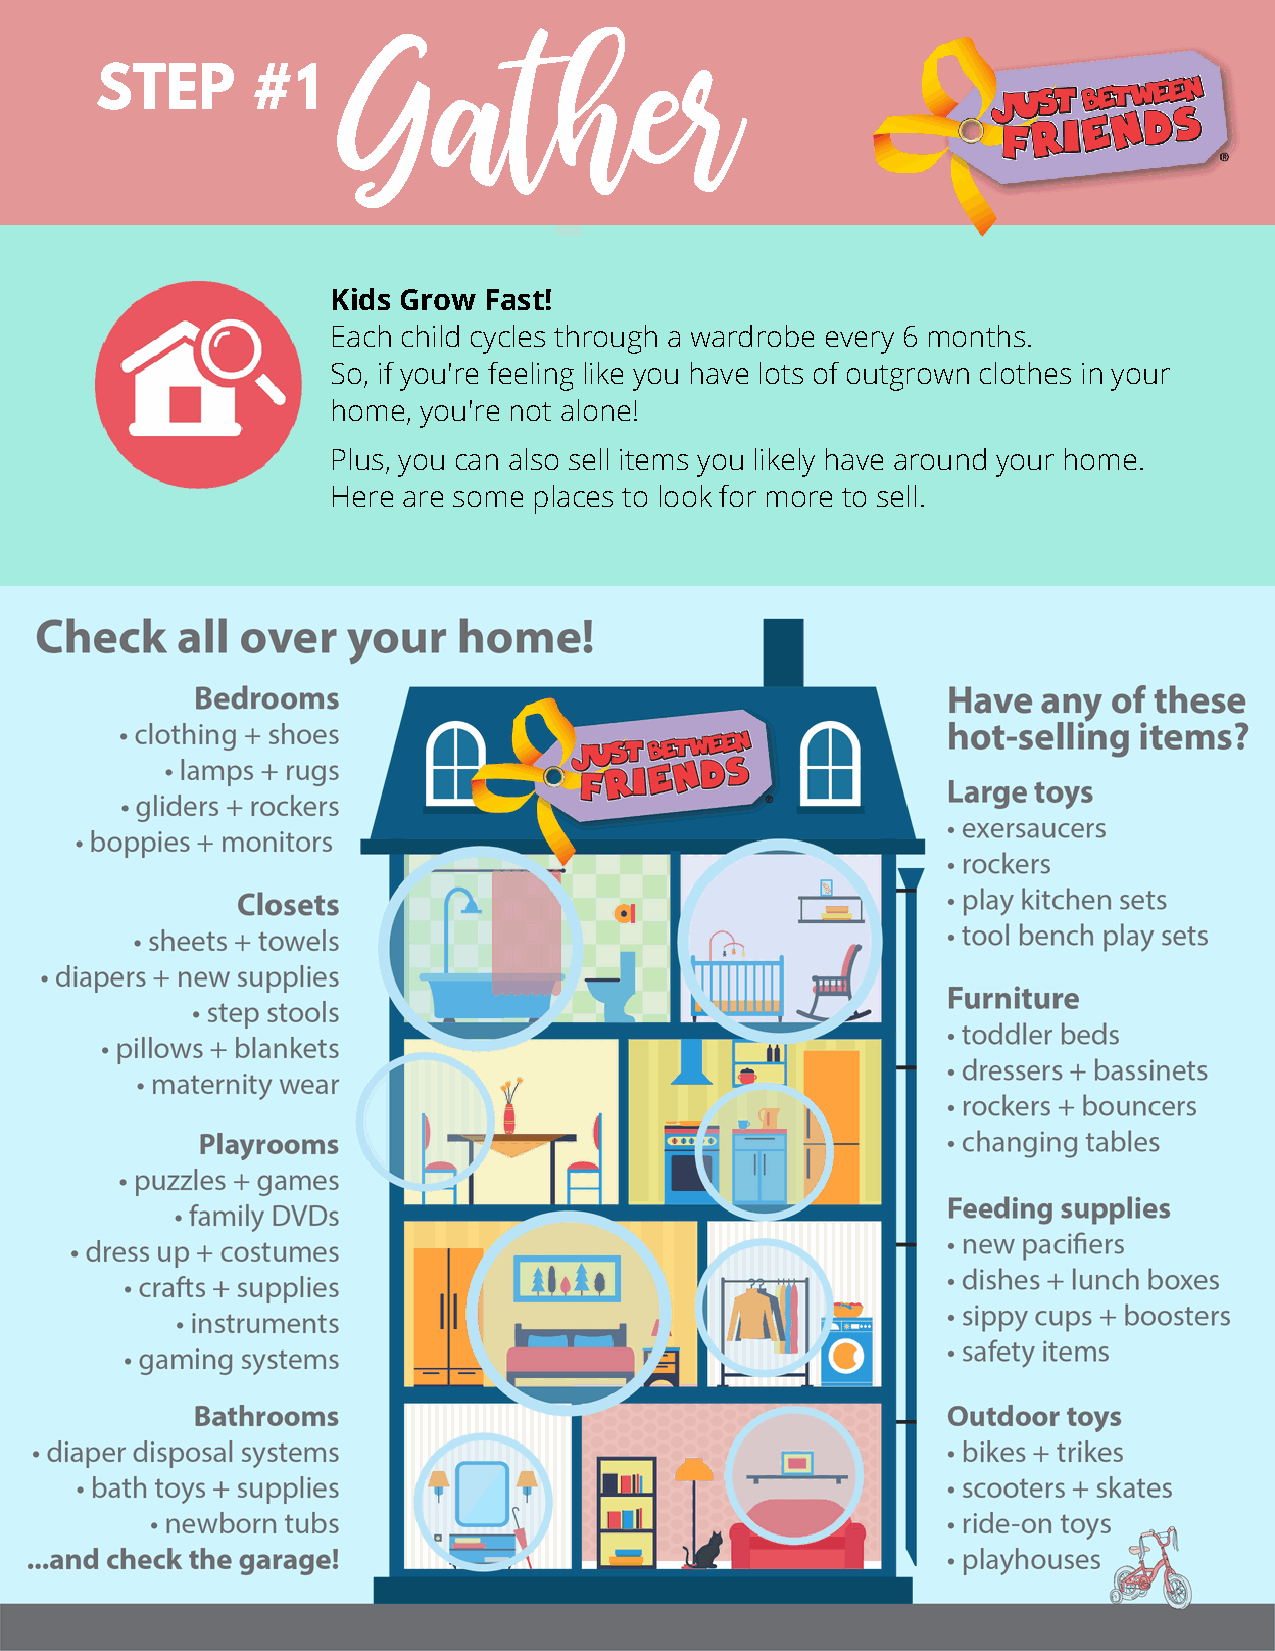
STEP       #1    Gather
 Kids Grow Fast!
 Each child cycles through a wardrobe every 6 months.
 So, if you're feeling like you have lots of outgrown clothes in your
 home, you're not alone!
 Plus, you can also sell items you likely have around your home.
 Here are some places to look for more to sell.